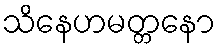
သိနေဟမတ္တနော